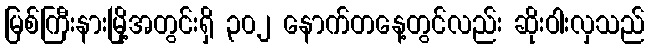
မြစ်ကြီးနားမြို့အတွင်းရှိ ၃၀၂ နောက်တနေ့တွင်လည်း ဆိုးဝါးလှသည်